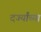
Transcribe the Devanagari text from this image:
दर्ज्यांच्या